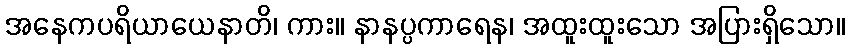
အနေကပရိယာယေနာတိ၊ ကား။ နာနပ္ပကာရေန၊ အထူးထူးသော အပြားရှိသော။